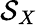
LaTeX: \mathcal{S}_{X}